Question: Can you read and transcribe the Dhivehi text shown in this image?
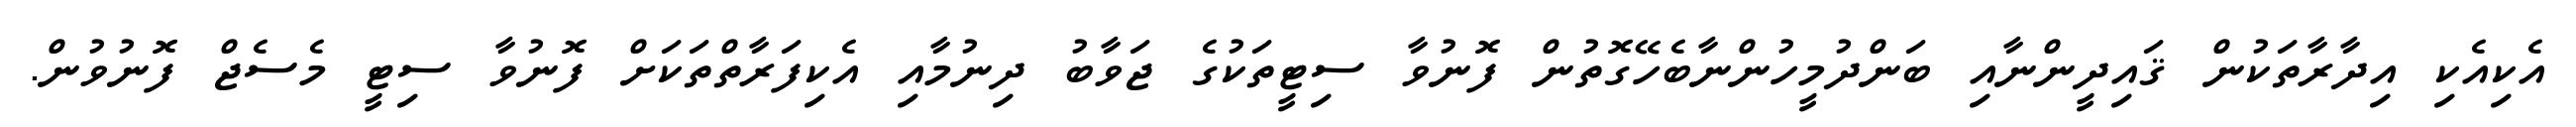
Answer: އެކިއެކި އިދާރާތަކުން ޤައިދީންނާއި ބަންދުމީހުންނާބެހޭގޮތުން ފޮނުވާ ސިޓީތަކުގެ ޖަވާބު ދިނުމާއި އެކިފަރާތްތަކަށް ފޮނުވާ ސިޓީ މެސެޖް ފޮނުވުން.